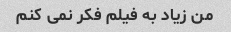
من زیاد به فیلم فکر نمی کنم